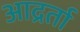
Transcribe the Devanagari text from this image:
आद्रर्ता